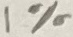
Text: 1%